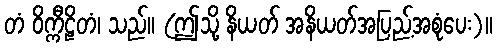
တံ ဝိက္ကီဠိတံ၊ သည်။ (ဤသို့ နိယတ် အနိယတ်အပြည့်အစုံပေး)။